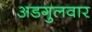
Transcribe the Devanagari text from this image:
अडगुलवार